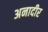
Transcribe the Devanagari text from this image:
अनादीर